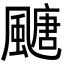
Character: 𩘜